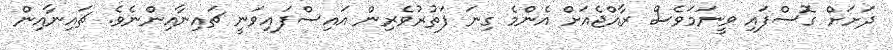
ދަށަށް ގޮސްފައި ވީނަމަވެސް ރާއްޖެއަށް އެންމެ ގިނަ ފަތުރުވެރިން އައިސްފައިވަނީ ޗައިނާއިންނެވެ. ޗައިނާއިން